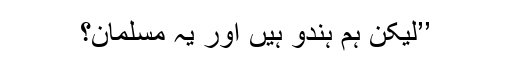
’’لیکن ہم ہندو ہیں اور یہ مسلمان؟